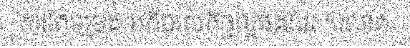
ការកែទម្រង់ អភិបាលកិច្ចល្អផងដែរ ។លោក